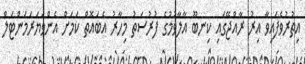
އިތުރުވެފައިވާ އިރު ރާއްޖޭގައި ކިނބޫ އާލާވުމުގެ ފުރުސަތު މިހާރު އެބައޮތް ކަމަށް އެންވަޔަރަމަންޓަލް